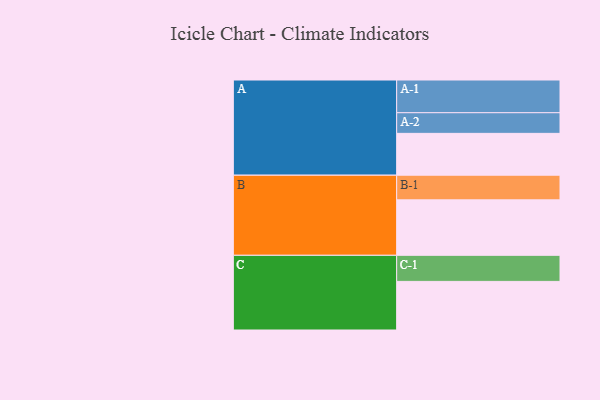
{"axis": {"x": "Segment", "y": "Value"}, "legend": ["", "A", "B", "C"], "data": [{"x": "A", "y": 377, "type": ""}, {"x": "B", "y": 500, "type": ""}, {"x": "C", "y": 438, "type": ""}, {"x": "A-1", "y": 295, "type": "A"}, {"x": "A-2", "y": 186, "type": "A"}, {"x": "B-1", "y": 222, "type": "B"}, {"x": "C-1", "y": 235, "type": "C"}]}